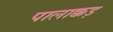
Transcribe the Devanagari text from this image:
पालाक्कड़